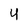
Character: 4